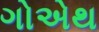
ગોએથ